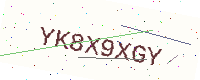
Text: YK8X9XGY